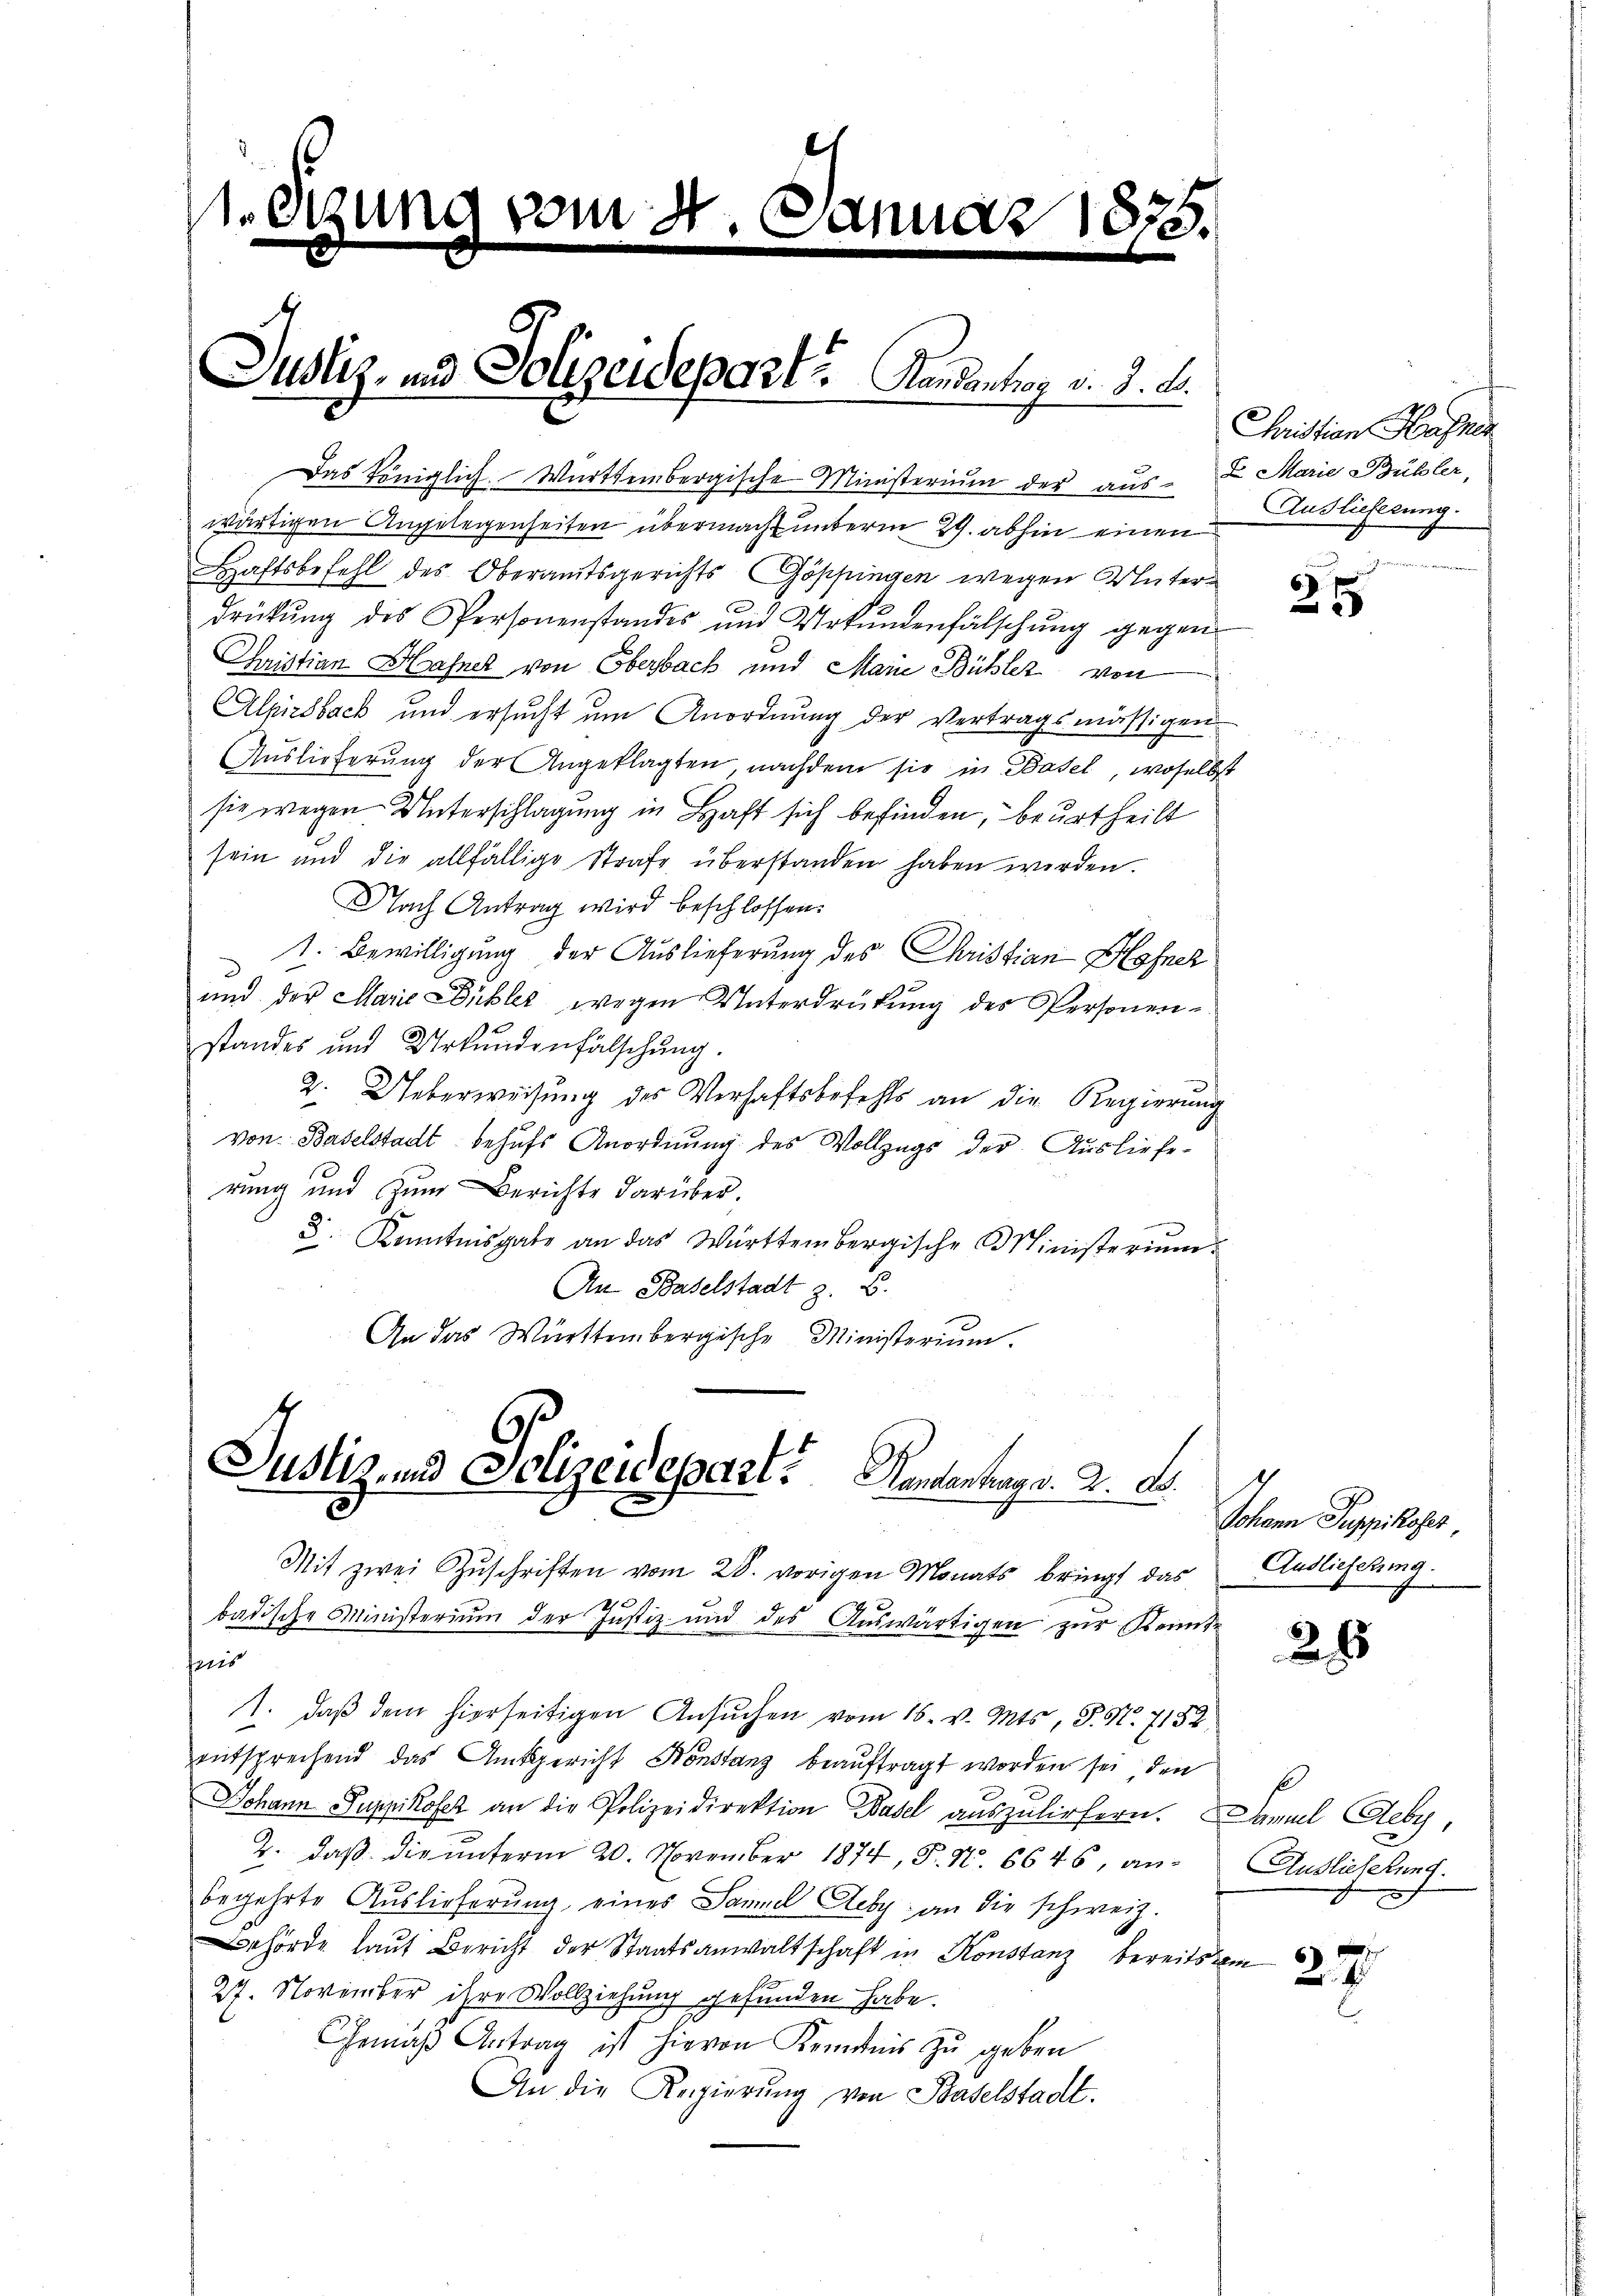
eigung vom 4. Januar 1835.

Justiz- und Polizeidepart? Handentrag v. d. d.

Das Königlich-Württembergische Ministerium der aus- u Marie Bübler,

Justiz- und Polizeidepart. Handenhag v. 2. d.

Mit zwei Zŭschriften vom 28. vorigen Monats bringt das
badische Ministerium der Justiz- und des Auswärtigen zur Kennt-
teris
1. daβ dem hierseitigen Ansŭchen vom 16. v. Mts., S. Nr. 7152
entsprechend das Amtsgericht Konstanz beauftragt worden sei, den
Johann Puppikofer an die Polizeidirektion Basel auszuliefern. Samuel Aeby,
2. daß die unterm 20. November 1874, S. N. 6646, anbegehrte Auslieferung, eines Samuel Aeby an die schweiz.
ehörde laut Bericht der Staatsanwaltschaft in Konstanz bereits
27. November ihre Vollziehung gefunden habe.
Gemäß Antrag ist hievon Kenntnis zu geben
An die Regierŭng von Baselstadt.

wärtigen Angelegenheiten übermacht unterm 29. abhin einen
Haftsbefehl des Oberamtsgerichts Göppingen wegen Unterdrükŭng des Personenstandes und Urkŭndenfälschŭng gegen
Christian Hafner von Oberbach und Marie Bühler von
Alpirsbach und ersucht um Anordnung der Vertragsmässigen
Auslieferung der Angeklagten, nachdem sie in Basel, woselbst
sie wegen Unterschlagung in Haft sich befinden, beurtheilt
sein und die allfällige Strafe überstanden haben werden.
Nach Antrag wird beschlossen:
1. Bewilligung der Auslieferung des Christian Hafner
und der Marie Dichlet wegen Unterdrükŭng des Personen-
standes und Urkundenfälschung.
2. Ueberweisung des Verhaftsbefehls an die Regierung
von Baselstadt behufs Anordnung des Vollzugs der Ausliefe-
rung und zum Berichte darüber.
x
d. Kenntnisgabe an das Württembergische Ministerium
An Baselstadt z. B.
An das Württembergische Ministerium.

Christian Hafner
Auslieferung.

2 x

Johann Puppikofer,
Auslieferung.

28

Auslieferung.
D

27